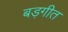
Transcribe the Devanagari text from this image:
बड़गीत